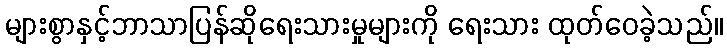
များစွာနှင့်ဘာသာပြန်ဆိုရေးသားမှုများကို ရေးသား ထုတ်ဝေခဲ့သည်။